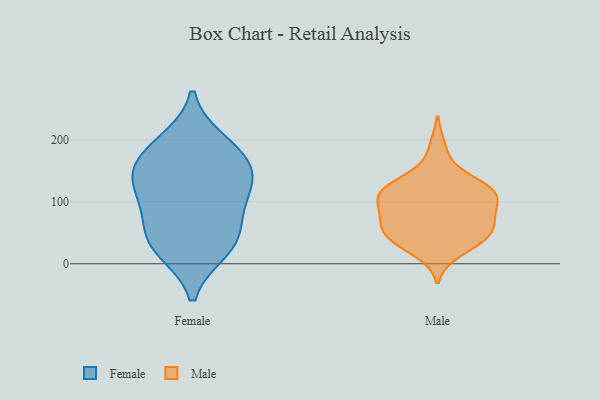
{"axis": {"x": "LTV (USD)", "y": "Value"}, "legend": ["Female", "Male"], "data": [{"x": "", "y": 120, "type": "Female"}, {"x": "", "y": 154, "type": "Female"}, {"x": "", "y": 197, "type": "Female"}, {"x": "", "y": 71, "type": "Female"}, {"x": "", "y": 38, "type": "Female"}, {"x": "", "y": 100, "type": "Female"}, {"x": "", "y": 22, "type": "Female"}, {"x": "", "y": 156, "type": "Female"}, {"x": "", "y": 134, "type": "Female"}, {"x": "", "y": 184, "type": "Female"}, {"x": "", "y": 32, "type": "Female"}, {"x": "", "y": 57, "type": "Male"}, {"x": "", "y": 116, "type": "Male"}, {"x": "", "y": 100, "type": "Male"}, {"x": "", "y": 89, "type": "Male"}, {"x": "", "y": 33, "type": "Male"}, {"x": "", "y": 60, "type": "Male"}, {"x": "", "y": 49, "type": "Male"}, {"x": "", "y": 19, "type": "Male"}, {"x": "", "y": 107, "type": "Male"}, {"x": "", "y": 69, "type": "Male"}, {"x": "", "y": 122, "type": "Male"}, {"x": "", "y": 45, "type": "Male"}, {"x": "", "y": 118, "type": "Male"}, {"x": "", "y": 91, "type": "Male"}, {"x": "", "y": 145, "type": "Male"}, {"x": "", "y": 188, "type": "Male"}, {"x": "", "y": 35, "type": "Male"}, {"x": "", "y": 120, "type": "Male"}, {"x": "", "y": 68, "type": "Male"}, {"x": "", "y": 123, "type": "Male"}]}